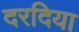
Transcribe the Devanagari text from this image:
दरदिया